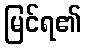
မြင်ရ၏